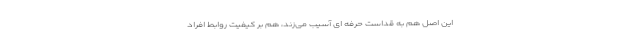
این اصل هم به قداست حرفه‌ ای آسیب می‌زند، هم بر کیفیت روابط افراد